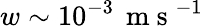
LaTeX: w\sim 10^{-3}\, \mathrm{~m~s~}^{-1}